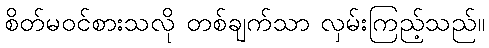
စိတ်မဝင်စားသလို တစ်ချက်သာ လှမ်းကြည့်သည်။